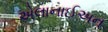
એલાનાઈઅન